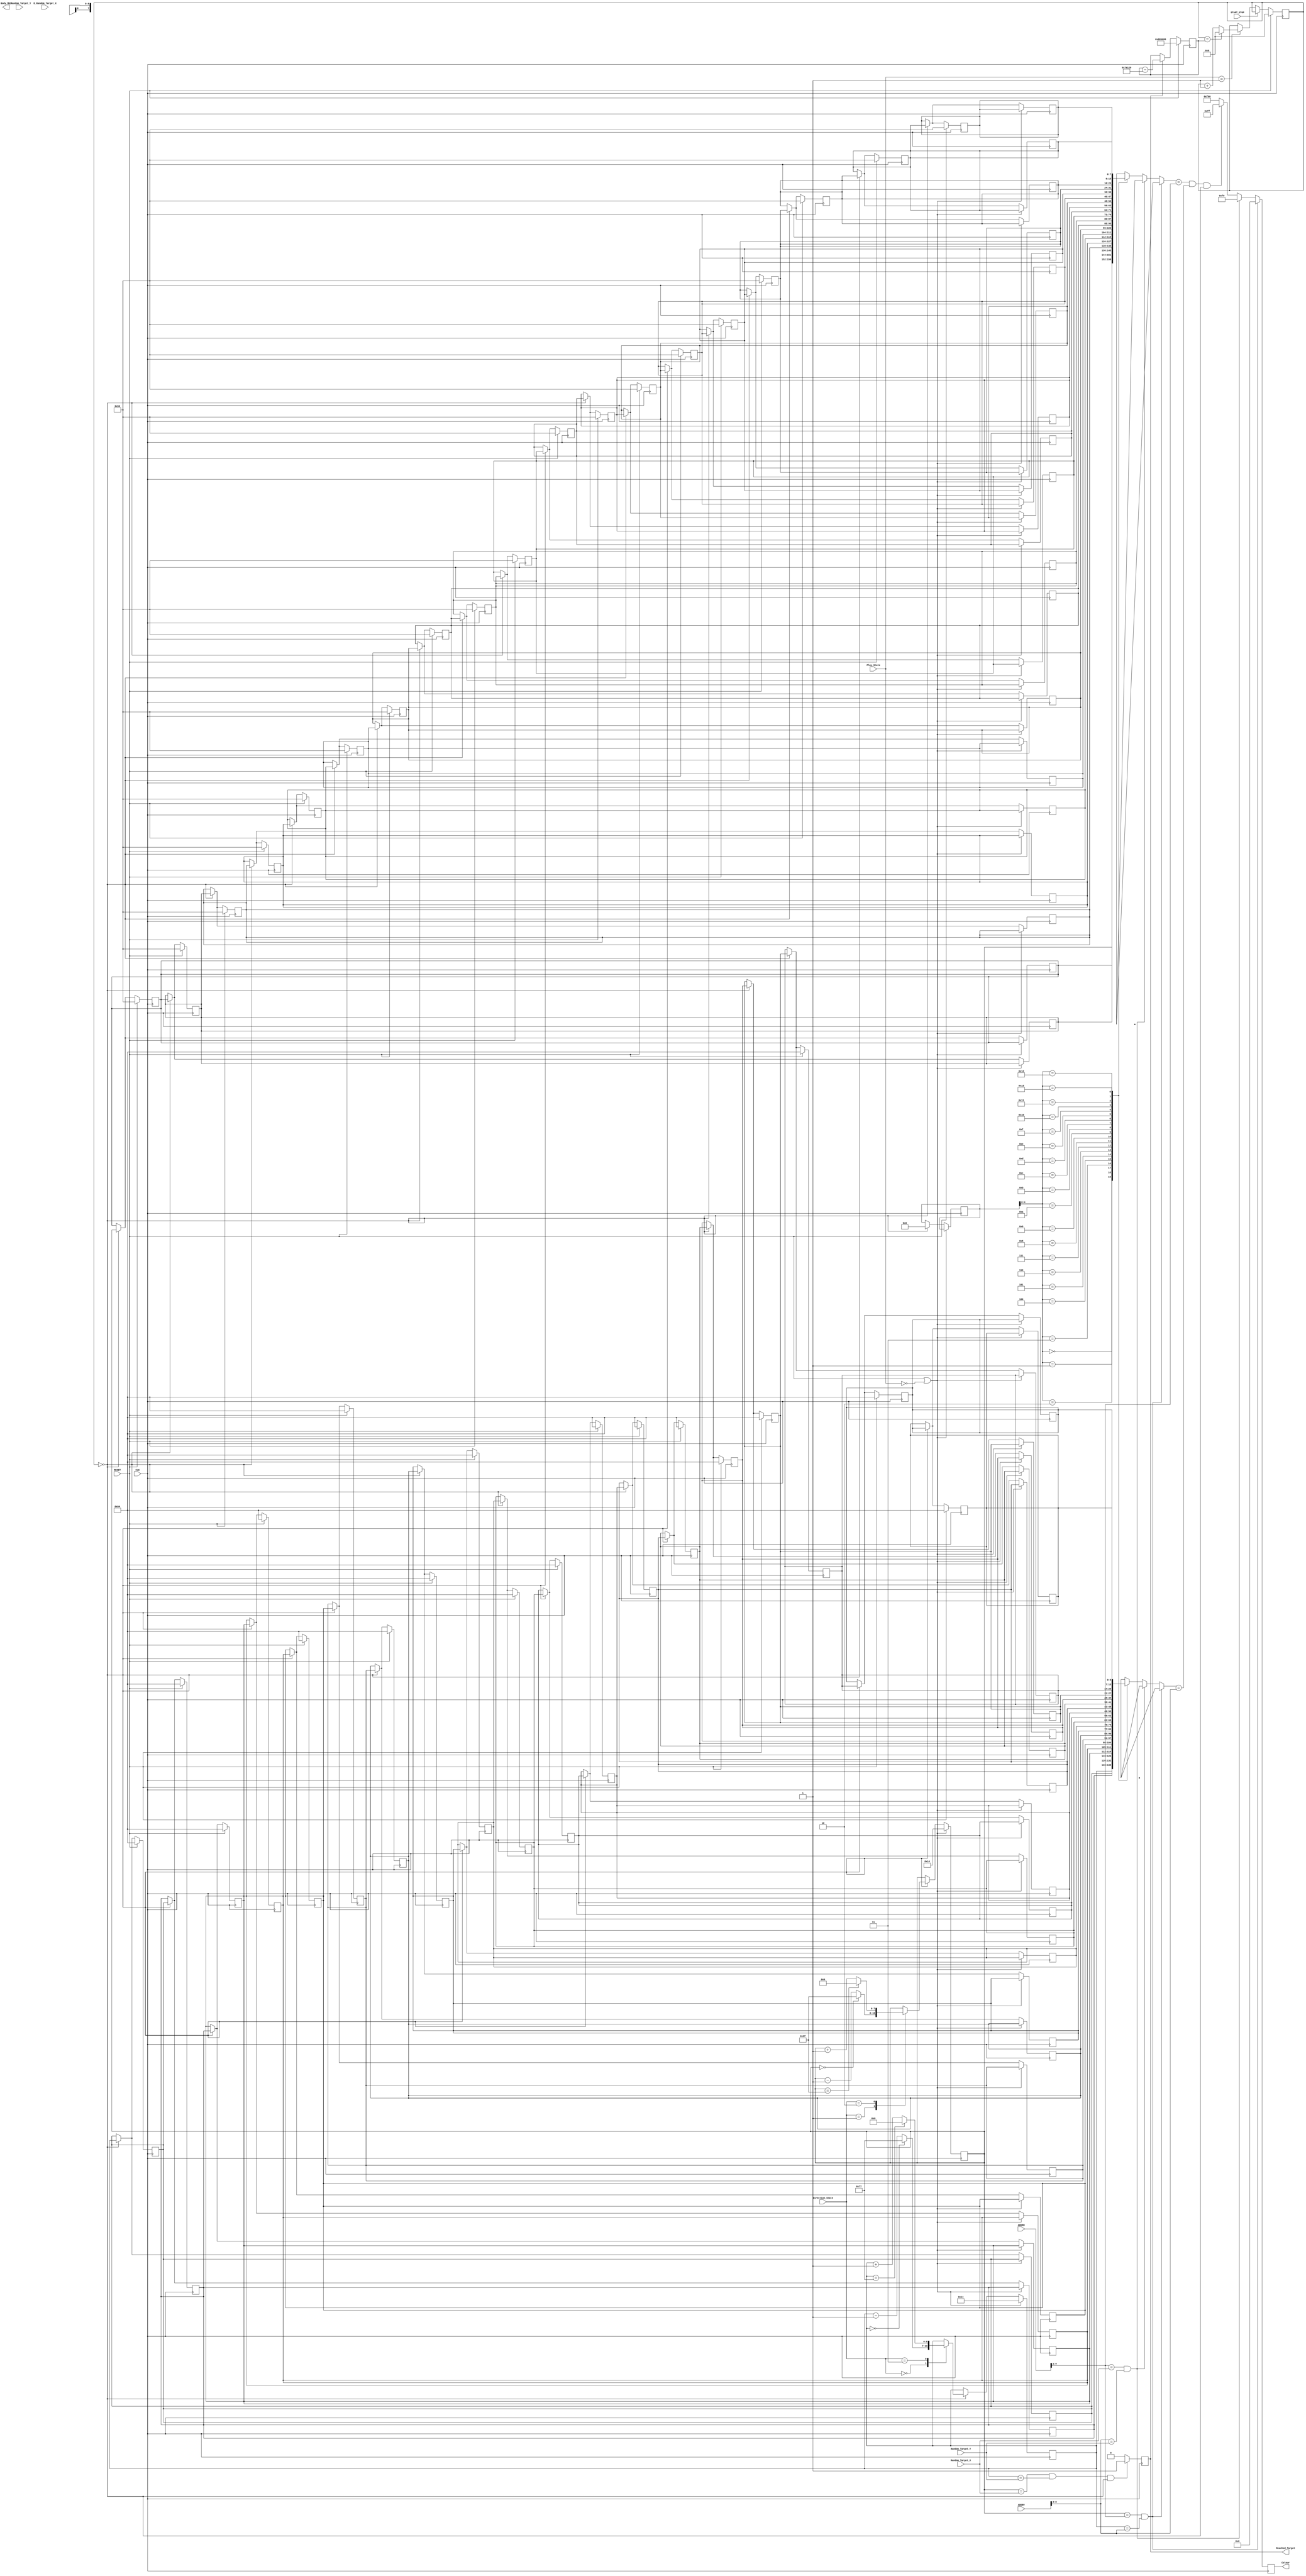
`timescale 1ns / 1ps
//////////////////////////////////////////////////////////////////////////////////
// Company: 
// Engineer: 
// 
// Design Name: 
// Module Name: Snake_controller_2
// Project Name: 
// Target Devices: 
// Tool Versions: 
// Description: 
// 
// Dependencies: 
// 
// Revision:
// Revision 0.01 - File Created
// Additional Comments:
// 
//////////////////////////////////////////////////////////////////////////////////

//Controls how fast the snake moves using the counter and counter max
//Controls, with START_STOP switch0, when the VGA DISPLAY freezes and only the VGA.
//Controls the movement of the snake pixel while initialising it and sets the colour of background, snake and target.
//Identigies when the snake hits the targets

module Snake_controller_2(
    input CLK,
    input RESET,
    input [9:0] ADDRH, 
    input [8:0] ADDRV, 
    input [6:0] Random_Target_Y,    //target generator to score the points
    input [7:0] Random_Target_X,    //target generator to score the points
    input [6:0] D_Random_Target_Y,  //target generator for death
    input [7:0] D_Random_Target_X,  //target generator for death      
    input [1:0] Play_State,
    input [1:0] Direction_State,
    input START_STOP,  
    output reg Body_hit,
    output reg Reached_Target,
    output reg [11:0] Colour
    );
    
    parameter MaxX = 159;          //79 is the reduced resolution for thick dimension, original is 159
    parameter MaxY = 119;          //59 is the reduced resolution for thick dimension, original is 119
    parameter SnakeLength = 20;
    
    reg [26:0] Counter;
    reg [26:0] Counter_Max;
    
    initial begin
       Counter_Max <= 10000000;
      end
  
      
    
    always@(posedge CLK) begin
        if(RESET)
          Counter_Max <= 10000000;            
        else if(Reached_Target)
          Counter_Max <= Counter_Max - 500000;   //to increase the speed of the snake when the snoke hits the target
        else
          Counter_Max <= Counter_Max;
        end
      
    always@(posedge CLK) begin
        if(RESET)
            Counter <= 0;
        else if(!START_STOP)begin //Freeze only the VGA display as it stops countdown.
            if(Play_State == 2'b01) begin   //when the game starts
                if(Counter == Counter_Max)  //speed of snake is minimum
                    Counter <= 0;
                else
                    Counter <= Counter + 1;
                end
            end
        end
   
    //Snake is a 2 dimensional shift register, 1 dimension representing x, 1 dimension representing y
    //Snake_X * Snakelength and Snake_Y * Snakelength. Where 15 bits are split between X and Y, 8 and 7 bits respectively * the snake length
    //Making 2 2 dimensional shift registers
    
    reg [7:0] SnakeState_X [0: SnakeLength -1];
    reg [6:0] SnakeState_Y [0: SnakeLength -1];
    reg Body_hit_side;      //hitting the boundaries
    
    integer i;
    initial begin
        Body_hit_side <= 0;
        for (i = 1; i < SnakeLength; i = i + 1) begin
                           SnakeState_X[i] <= SnakeLength - i;
                           SnakeState_Y[i] <= SnakeLength;
                       end
        end            
               
//How to represent a snake     
//Replace top snake state with new one based on direction
         always@(posedge CLK) begin
           if(RESET || Play_State == 2'b00) begin       //at the start state
           //set the initial state of the snake
               SnakeState_X[0] <= 20;       //initilizing the position of the snake
               SnakeState_Y[0] <= 20;
                                  
           end
           
           else if (Counter == 0) begin
               case(Direction_State)
                   2'b00   :begin //up
                       if(SnakeState_Y[0] == 0)
                           SnakeState_Y[0] <= MaxY; 
                       else
                           SnakeState_Y[0] <= SnakeState_Y[0] -1;
                       end
   
                   2'b01   :begin //left
                       if(SnakeState_X[0] == 0)
                           SnakeState_X[0] <= MaxX; 
                       else
                           SnakeState_X[0] <= SnakeState_X[0] -1;
                       end
   
                   2'b10   :begin //right
                       if(SnakeState_X[0] == MaxX)  
                           SnakeState_X[0] <= 0; 
                       else
                           SnakeState_X[0] <= SnakeState_X[0] +1;
                       end
   
                   2'b11   :begin //down
                       if(SnakeState_Y[0] == MaxY)
                           SnakeState_Y[0] <= 0; 
                       else
                           SnakeState_Y[0] <= SnakeState_Y[0] +1;
                       end
                       
                    default: SnakeState_X[0] <= SnakeState_X[0];                       
               endcase
               for (i = SnakeLength - 1; i > 0; i = i-1) begin
                           SnakeState_X[i] = SnakeState_X[i - 1];
                           SnakeState_Y[i] = SnakeState_Y[i - 1];
                       end
             end
          end     

    //Changing the position of the snake registers
    //Shift the SnakeState X and Y
    genvar PixNo;
    generate
        for (PixNo = 0; PixNo < SnakeLength-1; PixNo = PixNo+1)
        begin: PixShift
            always@(posedge CLK) begin
                if(RESET) begin
                    SnakeState_X[PixNo+1] <= 80;
                    SnakeState_Y[PixNo+1] <= 100;
                end
                else if(Counter == 0) begin
                    SnakeState_X[PixNo+1] <= SnakeState_X[PixNo];
                    SnakeState_Y[PixNo+1] <= SnakeState_Y[PixNo];
                end
             end
          end
      endgenerate
    
    //How to display a snake    
    
   //if the pixel address belongs to the target display red, if it belongs to the snake display yellow and the background is blue
   //hF00 is blue, h00F is red and h0F0 is green
    always@(posedge CLK) begin
        //Head
        if((SnakeState_X[0] == ADDRH[9:2]) && (SnakeState_Y[0] == ADDRV[8:2])) //starts from 3 because of reduced resolution
           Colour <= 12'h000;   //black
        //Fruit (target)     
        else if(ADDRH[9:2] == Random_Target_X && ADDRV[8:2] == Random_Target_Y)
            Colour <= 12'h0F0;      //green
        //Body of the snake    
        else if((SnakeState_X[i] == ADDRH[9:2]) && (SnakeState_Y[i] == ADDRV[8:2])&&Counter ==0) 
            Colour <= 12'h0FF;  //yellow
         //Background  
        else  
            Colour <= 12'hF00;      //blue
    end
           
        //How to determine if a target has been found
        always@(posedge CLK) begin
        //head of the snake meets the target
         if((SnakeState_X[0] == Random_Target_X) && (SnakeState_Y[0] == Random_Target_Y) && (Counter == 0)) 
            Reached_Target <= 1;
         else
            Reached_Target <= 0;
         end

       //This indicates when the snake moves from its initial position, to make sure body hit does not go off instantly
       reg pixshiftamount;
       parameter SnakeStartValue = 1; //Make sure to make the starting snake value less than Snakemaxlength -10 or 40 - 10 = 30.
          initial begin
             pixshiftamount = 0;
          end
             
          always@(posedge CLK) begin
             if(RESET)
                 pixshiftamount <= 0;
             else if(SnakeState_X[SnakeStartValue] != 80 || SnakeState_Y[SnakeStartValue] != 100)
                 pixshiftamount <= 1;
             else
                 pixshiftamount <= pixshiftamount;
           end          
           
           
           
         endmodule   
        
 
            
    
//       //White fruit (death target)
//       if(ADDRH[9:3] == D_Random_Target_X && ADDRV[8:3] == D_Random_Target_Y)
//           Colour <= 12'hFFF;
 
     
//       //Snake body to tail for different colours
//        else if((SnakeState_X[1] == ADDRH[9:3]) && (SnakeState_Y[1] == ADDRV[8:3]) && Body_increment > 1) 
//           Colour <= 12'h000;
//        else if((SnakeState_X[2] == ADDRH[9:3]) && (SnakeState_Y[2] == ADDRV[8:3]) && Body_increment > 2) 
//           Colour <= 12'hFFF;
//        else if((SnakeState_X[3] == ADDRH[9:3]) && (SnakeState_Y[3] == ADDRV[8:3]) && Body_increment > 3) 
//           Colour <= 12'h000;
//        else if((SnakeState_X[4] == ADDRH[9:3]) && (SnakeState_Y[4] == ADDRV[8:3]) && Body_increment > 4) 
//           Colour <= 12'hFFF;
//        else if((SnakeState_X[5] == ADDRH[9:3]) && (SnakeState_Y[5] == ADDRV[8:3]) && Body_increment > 5) 
//           Colour <= 12'h000;
//        else if((SnakeState_X[6] == ADDRH[9:3]) && (SnakeState_Y[6] == ADDRV[8:3]) && Body_increment > 6) 
//           Colour <= 12'hFFF;
//        else if((SnakeState_X[7] == ADDRH[9:3]) && (SnakeState_Y[7] == ADDRV[8:3]) && Body_increment > 7) 
//           Colour <= 12'h000;
//        else if((SnakeState_X[8] == ADDRH[9:3]) && (SnakeState_Y[8] == ADDRV[8:3]) && Body_increment > 8) 
//           Colour <= 12'hFFF;
//        else if((SnakeState_X[9] == ADDRH[9:3]) && (SnakeState_Y[9] == ADDRV[8:3]) && Body_increment > 9) 
//           Colour <= 12'h000;
     
//        else if((SnakeState_X[10] == ADDRH[9:3]) && (SnakeState_Y[10] == ADDRV[8:3]) && Body_increment > 10) 
//           Colour <= 12'hFFF;
                                 
         
//         for(s = 1; s<Body_increment; s = s+1) begin  //put snakelength here for normal snake
//             if((SnakeState_X[s] == ADDRH[9:3]) && (SnakeState_Y[s] == ADDRV[8:3])) 
//                 Colour <= 12'h0FF;
//                 end 
//         for(s = 8; s<15; s = s+1) begin  //put snakelength here for normal snake
//                     if((SnakeState_X[s] == ADDRH[9:2]) && (SnakeState_Y[s] == ADDRV[8:2])) 
//                         Colour <= 12'hFFF;
//                         end 
//         for(s = 16; s<20; s = s+1) begin  //put snakelength here for normal snake
//                             if((SnakeState_X[s] == ADDRH[9:2]) && (SnakeState_Y[s] == ADDRV[8:2])) 
//                                 Colour <= 12'h000;                                     
//         end 
    
//   //How to determine if death target is hit
//reg D_Target; 

//    initial begin
//        D_Target <= 0;
//    end  

//    always@(posedge CLK) begin
//    if(RESET)
//        D_Target <=0;
//    else if((SnakeState_X[0] == D_Random_Target_X) && (SnakeState_Y[0] == D_Random_Target_Y) && (Counter == 0)) 
//        D_Target <= 1;
//    else
//        D_Target <= 0;
//    end
   
   
//    //Body hit detection
//    integer bh;     //it is used for iterating the loop
//    initial begin
//      Body_hit <= 0;        //initializing the body hit
//      end
//    always@(posedge CLK) begin
//        if(RESET)
//            Body_hit = 0;
//        else if(Body_hit_side) begin
//            Body_hit <= 1;
//          end             
//       else if(D_Target) begin
//            Body_hit <= 1;
//        end   
//       else if(pixshiftamount) begin //At the start when the snake comes out it is like it is hitting itself. To preven instant death this condition is usesd
//        for(bh = 1; bh<Body_increment; bh = bh+1) begin
//            if((SnakeState_X[0] == SnakeState_X[bh]) && (SnakeState_Y[0] == SnakeState_Y[bh]))
//                Body_hit <= 1;
//                end
//            end
//         end